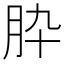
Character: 𦙈